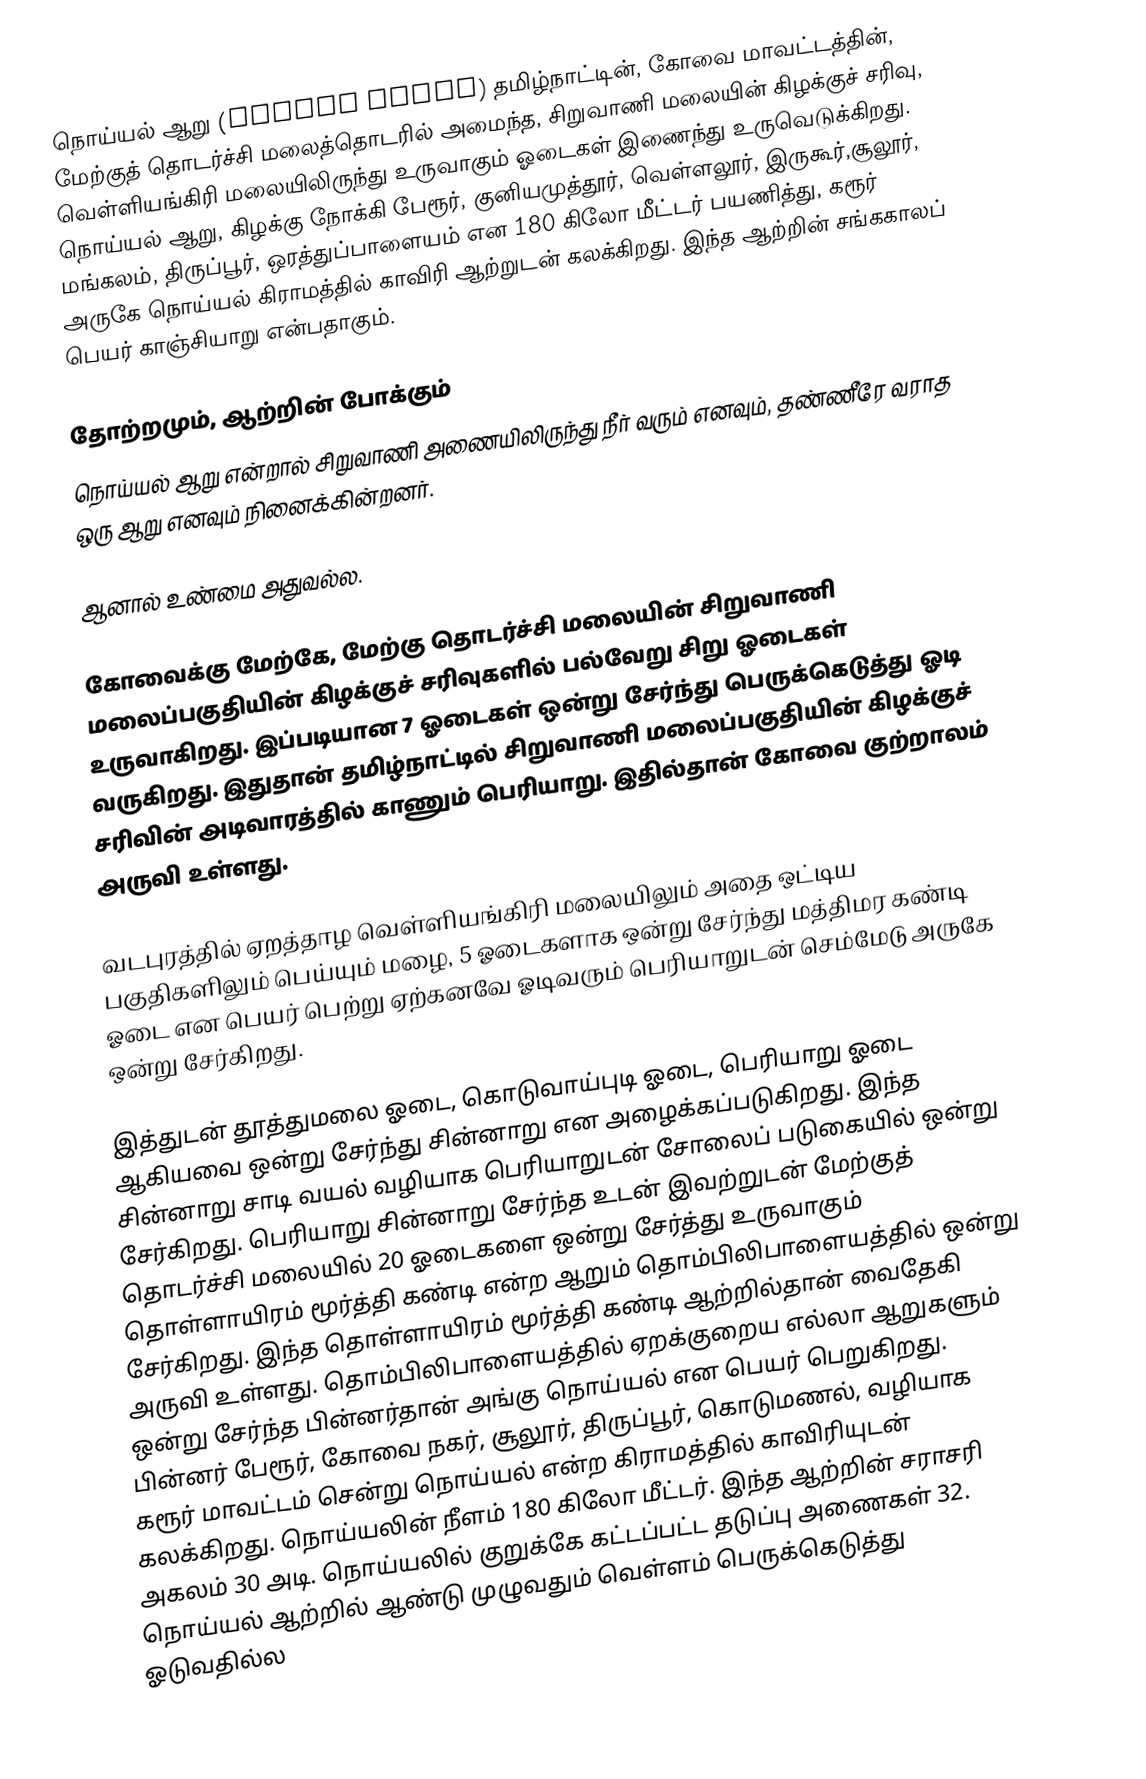
நொய்யல் ஆறு (Noyyal River) தமிழ்நாட்டின்,  கோவை மாவட்டத்தின்,  மேற்குத் தொடர்ச்சி மலைத்தொடரில் அமைந்த, சிறுவாணி மலையின் கிழக்குச் சரிவு,  வெள்ளியங்கிரி மலையிலிருந்து உருவாகும்  ஓடைகள்  இணைந்து  உருவெடுக்கிறது. நொய்யல் ஆறு, கிழக்கு நோக்கி  பேரூர், குனியமுத்தூர், வெள்ளலூர், இருகூர்,சூலூர்,  மங்கலம், திருப்பூர், ஒரத்துப்பாளையம் என 180 கிலோ மீட்டர் பயணித்து, கரூர் அருகே நொய்யல் கிராமத்தில் காவிரி ஆற்றுடன் கலக்கிறது. இந்த ஆற்றின் சங்ககாலப் பெயர் காஞ்சியாறு என்பதாகும்.

தோற்றமும், ஆற்றின் போக்கும்
நொய்யல் ஆறு என்றால் சிறுவாணி அணையிலிருந்து நீர் வரும் எனவும், தண்ணீரே வராத ஒரு ஆறு எனவும் நினைக்கின்றனர்.

ஆனால் உண்மை அதுவல்ல.

கோவைக்கு மேற்கே, மேற்கு தொடர்ச்சி மலையின்  சிறுவாணி மலைப்பகுதியின் கிழக்குச் சரிவுகளில் பல்வேறு சிறு ஓடைகள் உருவாகிறது. இப்படியான 7 ஓடைகள் ஒன்று சேர்ந்து பெருக்கெடுத்து ஓடி வருகிறது. இதுதான் தமிழ்நாட்டில் சிறுவாணி மலைப்பகுதியின் கிழக்குச் சரிவின் அடிவாரத்தில் காணும்  பெரியாறு. இதில்தான் கோவை குற்றாலம் அருவி உள்ளது.

வடபுரத்தில் ஏறத்தாழ வெள்ளியங்கிரி மலையிலும் அதை ஒட்டிய பகுதிகளிலும் பெய்யும் மழை, 5 ஓடைகளாக ஒன்று சேர்ந்து மத்திமர கண்டி ஓடை என பெயர் பெற்று ஏற்கனவே ஓடிவரும் பெரியாறுடன் செம்மேடு அருகே ஒன்று சேர்கிறது.

இத்துடன் தூத்துமலை ஓடை, கொடுவாய்புடி ஓடை, பெரியாறு ஓடை ஆகியவை ஒன்று சேர்ந்து சின்னாறு என அழைக்கப்படுகிறது. இந்த சின்னாறு சாடி வயல் வழியாக  பெரியாறுடன் சோலைப் படுகையில் ஒன்று சேர்கிறது. பெரியாறு சின்னாறு சேர்ந்த உடன் இவற்றுடன் மேற்குத் தொடர்ச்சி மலையில் 20 ஓடைகளை ஒன்று சேர்த்து உருவாகும் தொள்ளாயிரம் மூர்த்தி கண்டி என்ற ஆறும் தொம்பிலிபாளையத்தில் ஒன்று சேர்கிறது. இந்த தொள்ளாயிரம் மூர்த்தி கண்டி ஆற்றில்தான் வைதேகி அருவி உள்ளது. தொம்பிலிபாளையத்தில் ஏறக்குறைய எல்லா ஆறுகளும் ஒன்று சேர்ந்த பின்னர்தான் அங்கு நொய்யல் என பெயர் பெறுகிறது. பின்னர் பேரூர், கோவை நகர், சூலூர், திருப்பூர், கொடுமணல், வழியாக கரூர் மாவட்டம் சென்று நொய்யல் என்ற கிராமத்தில் காவிரியுடன் கலக்கிறது. நொய்யலின் நீளம் 180 கிலோ மீட்டர். இந்த ஆற்றின் சராசரி அகலம் 30 அடி. நொய்யலில் குறுக்கே கட்டப்பட்ட தடுப்பு அணைகள் 32. நொய்யல் ஆற்றில் ஆண்டு முழுவதும் வெள்ளம் பெருக்கெடுத்து ஓடுவதில்ல